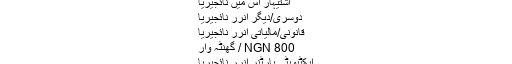
اشتیہار میں نائجیریا
اشتیہار انرر Nigeria
اشتیہار اس میں نائجیریا
دوسری/دیگر انرر نائجیریا
قانونی/مالیاتی انرر نائجیریا
NGN 800 / گھنٹہ وار
ایکٹیویٹی پارٹنر انرر نائجیریا
NGN 99 / گھنٹہ وار
کمپیوٹر/انٹرنیٹ انرر نائجیریا